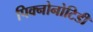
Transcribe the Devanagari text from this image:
पिक्नोनोटिडी